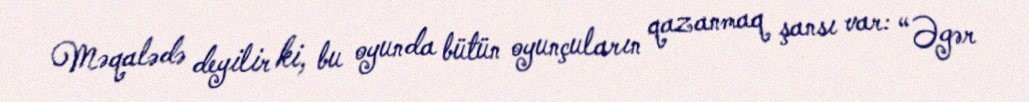
Məqalədə deyilir ki, bu oyunda bütün oyunçuların qazanmaq şansı var: “Əgər